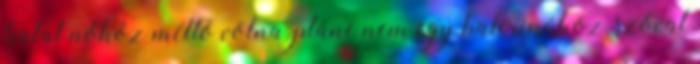
fiatal nőhöz méltó volna, pláne nem egy balerinához, szóval